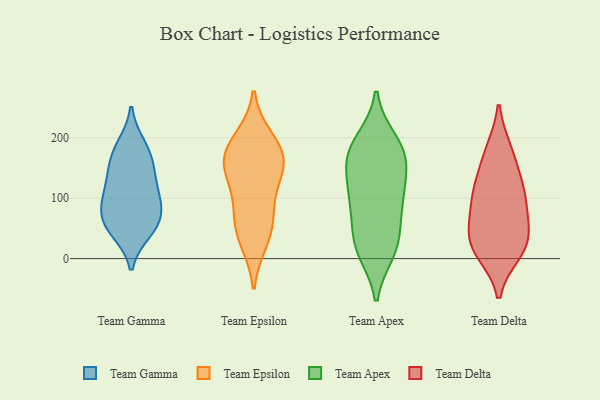
{"axis": {"x": "Operating Costs (USD K)", "y": "Value"}, "legend": ["Team Apex", "Team Delta", "Team Epsilon", "Team Gamma"], "data": [{"x": "", "y": 149, "type": "Team Gamma"}, {"x": "", "y": 106, "type": "Team Gamma"}, {"x": "", "y": 46, "type": "Team Gamma"}, {"x": "", "y": 187, "type": "Team Gamma"}, {"x": "", "y": 153, "type": "Team Gamma"}, {"x": "", "y": 64, "type": "Team Gamma"}, {"x": "", "y": 88, "type": "Team Gamma"}, {"x": "", "y": 61, "type": "Team Gamma"}, {"x": "", "y": 121, "type": "Team Gamma"}, {"x": "", "y": 50, "type": "Team Gamma"}, {"x": "", "y": 95, "type": "Team Gamma"}, {"x": "", "y": 179, "type": "Team Gamma"}, {"x": "", "y": 153, "type": "Team Epsilon"}, {"x": "", "y": 197, "type": "Team Epsilon"}, {"x": "", "y": 93, "type": "Team Epsilon"}, {"x": "", "y": 153, "type": "Team Epsilon"}, {"x": "", "y": 71, "type": "Team Epsilon"}, {"x": "", "y": 144, "type": "Team Epsilon"}, {"x": "", "y": 45, "type": "Team Epsilon"}, {"x": "", "y": 185, "type": "Team Epsilon"}, {"x": "", "y": 168, "type": "Team Epsilon"}, {"x": "", "y": 30, "type": "Team Epsilon"}, {"x": "", "y": 185, "type": "Team Apex"}, {"x": "", "y": 146, "type": "Team Apex"}, {"x": "", "y": 194, "type": "Team Apex"}, {"x": "", "y": 30, "type": "Team Apex"}, {"x": "", "y": 29, "type": "Team Apex"}, {"x": "", "y": 110, "type": "Team Apex"}, {"x": "", "y": 99, "type": "Team Apex"}, {"x": "", "y": 178, "type": "Team Apex"}, {"x": "", "y": 164, "type": "Team Apex"}, {"x": "", "y": 13, "type": "Team Apex"}, {"x": "", "y": 93, "type": "Team Apex"}, {"x": "", "y": 162, "type": "Team Apex"}, {"x": "", "y": 16, "type": "Team Apex"}, {"x": "", "y": 85, "type": "Team Apex"}, {"x": "", "y": 120, "type": "Team Delta"}, {"x": "", "y": 22, "type": "Team Delta"}, {"x": "", "y": 86, "type": "Team Delta"}, {"x": "", "y": 11, "type": "Team Delta"}, {"x": "", "y": 109, "type": "Team Delta"}, {"x": "", "y": 178, "type": "Team Delta"}, {"x": "", "y": 66, "type": "Team Delta"}, {"x": "", "y": 24, "type": "Team Delta"}, {"x": "", "y": 51, "type": "Team Delta"}, {"x": "", "y": 118, "type": "Team Delta"}, {"x": "", "y": 173, "type": "Team Delta"}, {"x": "", "y": 19, "type": "Team Delta"}]}